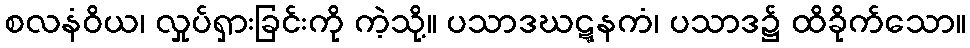
စလနံဝိယ၊ လှုပ်ရှားခြင်းကို ကဲ့သို့။ ပသာဒဃဋ္ဋနကံ၊ ပသာဒ၌ ထိခိုက်သော။